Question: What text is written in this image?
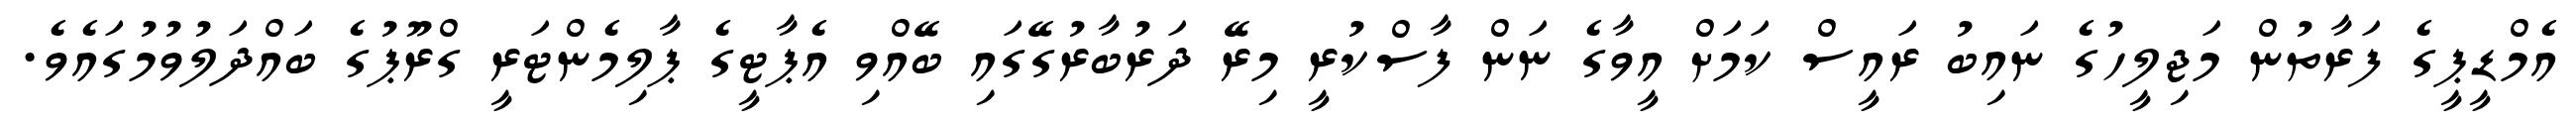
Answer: އެމްޑީޕީގެ ފަރާތުން މަޖިލީހުގެ ނައިބު ރައީސް ކަމަށް އީވާގެ ނަން ފާސްކުރީ މިރޭ ދަރުބާރުގޭގައި ބޭއްވި އެޕާޓީގެ ޕާލިމެންޓަރީ ގްރޫޕުގެ ބައްދަލުވުމުގައެވެ.